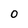
Character: O